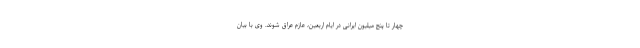
چهار تا پنج میلیون ایرانی در ایام اربعین، عازم عراق شوند. وی با بیان